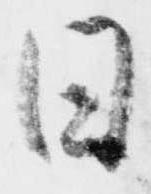
日